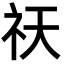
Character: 祆